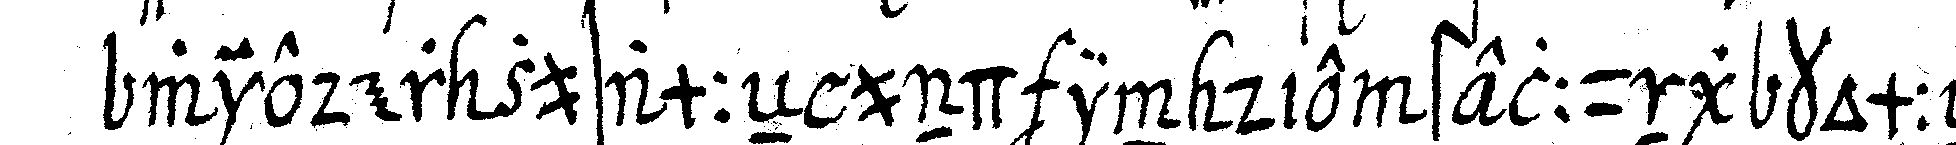
wieder zusammeN und in die stellung kommeN .